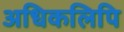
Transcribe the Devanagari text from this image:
अधिकलिपि